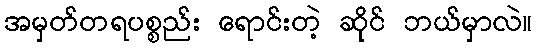
အမှတ်တရပစ္စည်း ရောင်းတဲ့ ဆိုင် ဘယ်မှာလဲ။